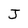
Character: J